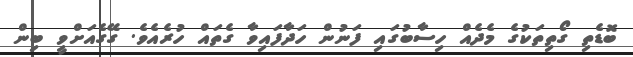
ބޮޑެތި ގޯތިތަކުގެ މެދެއް ހިސާބުގައި ފަނުން ހަދާފައިވާ ގެތައް ހުރެއެވެ. ގޭގެއަށްވީ ބިން